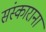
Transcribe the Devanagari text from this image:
संस्काराना